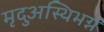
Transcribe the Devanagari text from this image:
मृदुअस्थिभग्न